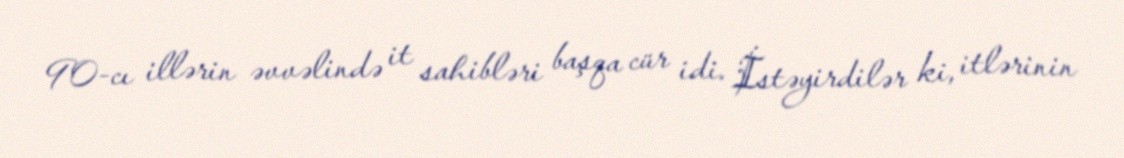
90-cı illərin əvvəlində it sahibləri başqa cür idi. İstəyirdilər ki, itlərinin